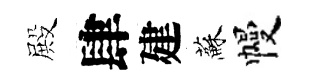
殿肆建蘇幔